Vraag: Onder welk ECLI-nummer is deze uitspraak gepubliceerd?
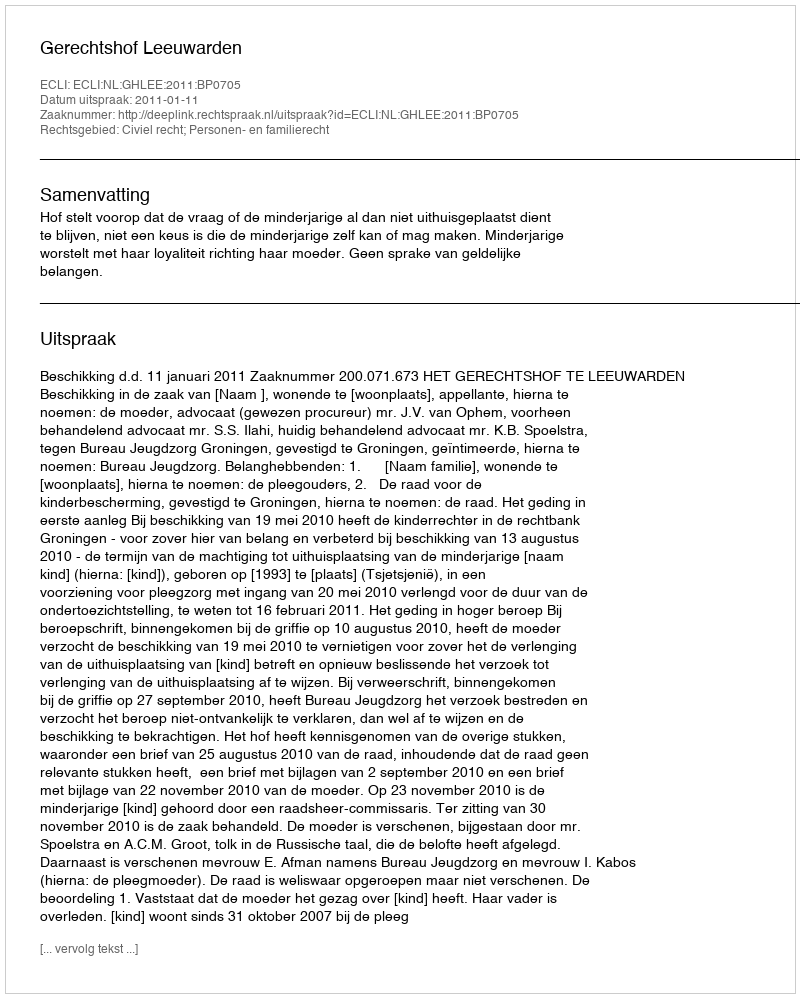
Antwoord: ECLI:NL:GHLEE:2011:BP0705